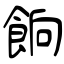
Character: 餉